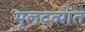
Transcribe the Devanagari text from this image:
मूलद्रव्यांत